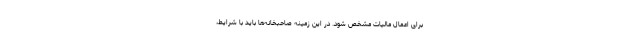
برای اعمال مالیات مشخص شود. در این زمینه صاحبخانه‌ها باید با شرایط،